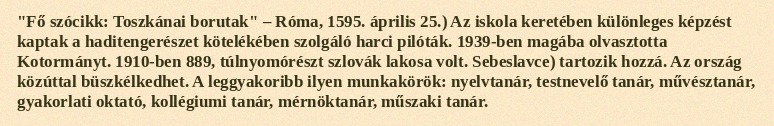
"Fő szócikk: Toszkánai borutak" – Róma, 1595. április 25.) Az iskola keretében különleges képzést kaptak a haditengerészet kötelékében szolgáló harci pilóták. 1939-ben magába olvasztotta Kotormányt. 1910-ben 889, túlnyomórészt szlovák lakosa volt. Sebeslavce) tartozik hozzá. Az ország közúttal büszkélkedhet. A leggyakoribb ilyen munkakörök: nyelvtanár, testnevelő tanár, művésztanár, gyakorlati oktató, kollégiumi tanár, mérnöktanár, műszaki tanár.